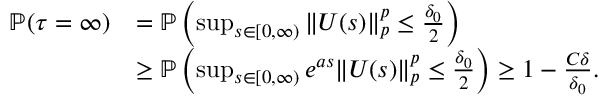
\begin{array} { r l } { \mathbb { P } ( \tau = \infty ) } & { = \mathbb { P } \left( \operatorname* { s u p } _ { s \in [ 0 , \infty ) } \| U ( s ) \| _ { p } ^ { p } \leq \frac { \delta _ { 0 } } { 2 } \right) } \\ & { \geq \mathbb { P } \left( \operatorname* { s u p } _ { s \in [ 0 , \infty ) } e ^ { a s } \| U ( s ) \| _ { p } ^ { p } \leq \frac { \delta _ { 0 } } { 2 } \right) \geq 1 - \frac { C \delta } { \delta _ { 0 } } . } \end{array}